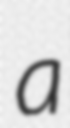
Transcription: a